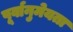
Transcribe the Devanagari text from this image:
पूर्वानुमेयता